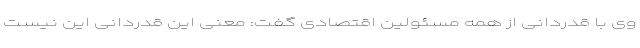
وی با قدردانی از همه مسئولین اقتصادی گفت: معنی این قدردانی این نیست